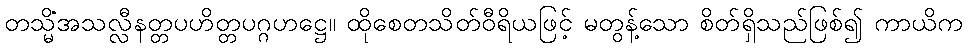
တသ္မိံအသလ္လီနတ္တပဟိတ္တပဂ္ဂဟဋ္ဌေ။ ထိုစေတသိတ်ဝီရိယဖြင့် မတွန့်သော စိတ်ရှိသည်ဖြစ်၍ ကာယိက